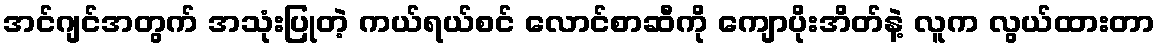
အင်ဂျင်အတွက် အသုံးပြုတဲ့ ကယ်ရယ်စင် လောင်စာဆီကို ကျောပိုးအိတ်နဲ့ လူက လွယ်ထားတာ